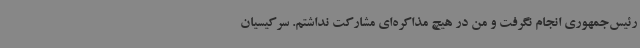
رئیس‌جمهوری انجام نگرفت و من در هیچ مذاکره‌ای مشارکت نداشتم. سرکیسیان